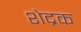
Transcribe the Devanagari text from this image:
शेद्रक